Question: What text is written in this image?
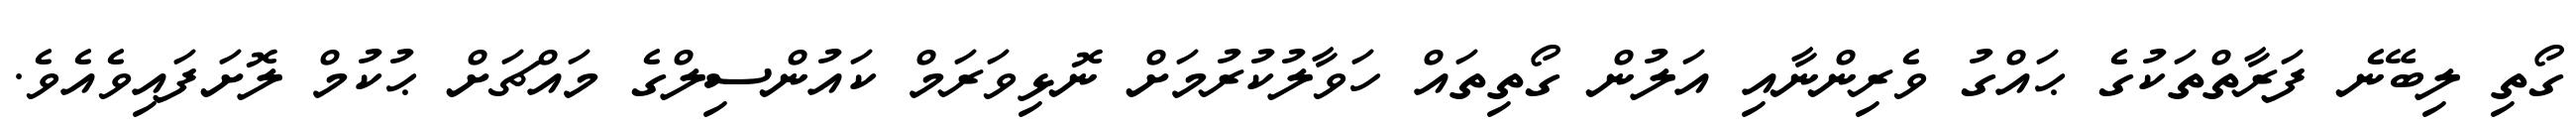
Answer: ގޯތި ލިބޭނެ ފަރާތްތަކުގެ ޙައްގު ވެރިންނާއި އަލުން ގޯތިތައް ހަވާލުކުރުމަށް ނޮޅިވަރަމް ކައުންސިލްގެ މައްޗަށް ޙުކުމް ލޮށަފައިވެއެވެ.